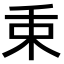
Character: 𣏮